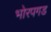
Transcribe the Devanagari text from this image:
भोरपगड